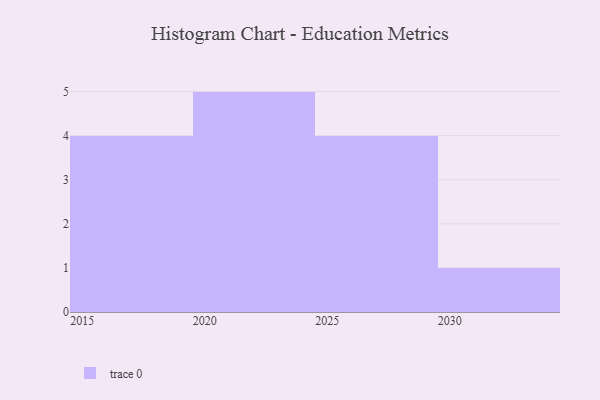
{"axis": {"x": "Year", "y": "Temperature (°C)"}, "legend": [""], "data": [{"x": "2025", "y": 13, "type": ""}, {"x": "2028", "y": 65, "type": ""}, {"x": "2021", "y": 50, "type": ""}, {"x": "2018", "y": 88, "type": ""}, {"x": "2023", "y": 15, "type": ""}, {"x": "2016", "y": 54, "type": ""}, {"x": "2030", "y": 7, "type": ""}, {"x": "2024", "y": 19, "type": ""}, {"x": "2020", "y": 66, "type": ""}, {"x": "2022", "y": 41, "type": ""}, {"x": "2015", "y": 77, "type": ""}, {"x": "2029", "y": 68, "type": ""}, {"x": "2017", "y": 8, "type": ""}, {"x": "2026", "y": 67, "type": ""}]}